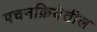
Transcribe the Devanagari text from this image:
पचनक्रियेतील